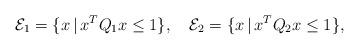
LaTeX: \begin{align*}\mathcal{E}_1=\{x\,|\,x^TQ_1x\leq1\},~~~\mathcal{E}_2=\{x\,|\,x^TQ_2x\leq1\},\end{align*}